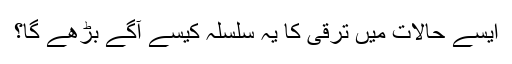
ایسے حالات میں ترقی کا یہ سلسلہ کیسے آگے بڑھے گا؟